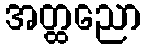
အတ္ထညော